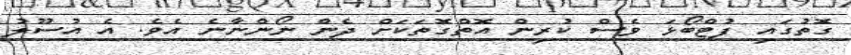
ގޮތުގައި ފުޓްބޯޅަ ވެސް ކުރިން އޮތްގޮތަކަށް ދެން ނޯންނާނެ އެވެ. އެ އުސޫލު